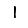
Digit: 1